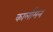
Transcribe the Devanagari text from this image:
कार्लोमन